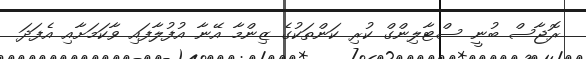
ރޮޖާސް ބުނީ ސްޓާލިންގް ކުރި ކަންތަކުގެ ޒިންމާ އޭނާ އުފުލާފައި ވާކަމަށާއި އެފަދަ